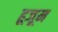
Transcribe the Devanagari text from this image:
हूजूम